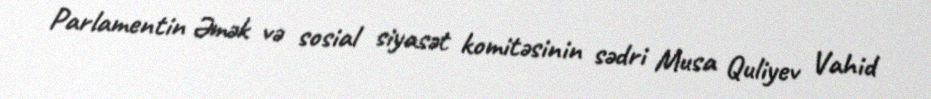
Parlamentin Əmək və sosial siyasət komitəsinin sədri Musa Quliyev Vahid